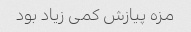
مزه پیازش کمی زیاد بود